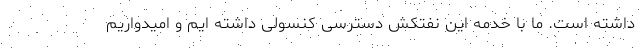
داشته است. ما با خدمه این نفتکش دسترسی کنسولی داشته ایم و امیدواریم